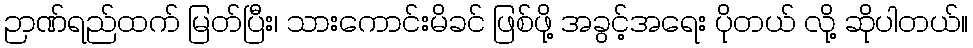
ဉာဏ်ရည်ထက် မြတ်ပြီး၊ သားကောင်းမိခင် ဖြစ်ဖို့ အခွင့်အရေး ပိုတယ် လို့ ဆိုပါတယ်။